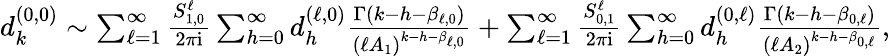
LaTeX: \begin{array}{r}{d_{k}^{(0,0)}\sim\sum_{\ell=1}^{\infty}\frac{S_{1,0}^{\ell}}{2\pi\mathrm{i}}\sum_{h=0}^{\infty}d_{h}^{(\ell,0)}\frac{\Gamma(k-h-\beta_{\ell,0})}{(\ell A_{1})^{k-h-\beta_{\ell,0}}}+\sum_{\ell=1}^{\infty}\frac{S_{0,1}^{\ell}}{2\pi\mathrm{i}}\sum_{h=0}^{\infty}d_{h}^{(0,\ell)}\frac{\Gamma(k-h-\beta_{0,\ell})}{(\ell A_{2})^{k-h-\beta_{0,\ell}}},}\end{array}